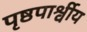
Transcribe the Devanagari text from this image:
पृष्ठपार्श्वीय